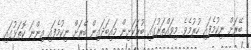
ބޭރަށް ނިކުމެފައި ހުރުމެވެ. މިވައްތަރުގައި ބުރަކަށިން މައިބަދައިން ބޭރަށް ނިކުމެފައި އިންނަ ކޮތަޅުގައި